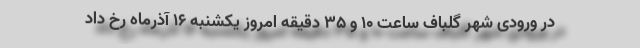
در ورودی شهر گلباف ساعت ۱۰ و ۳۵ دقیقه امروز یکشنبه ۱۶ آذرماه رخ داد